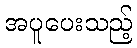
အပူပေးသည့်